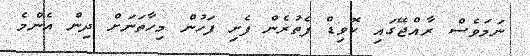
ނަމަވެސް ރާއްޖޭގައި ކޮވިޑް ފެތުރެން ފެށި ފަހުން މިހާތަނަށް ދިން އެންމެ